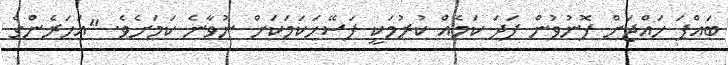
ބައްޕަ ހައްޖަށް ފޮނުވުން ފަދަ ކަމެއް ކުރުމަކީ ފަސޭހަކަމަކަށް ނުވާނެ ކަމަށެވެ. "އަހަރެންގެ